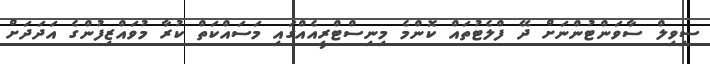
ސިވިލް ސާވަންޓުންނަށް ދޭ ފްލެޓުތައް ކޮންމެ މިނިސްޓްރީއެއްގައި މަަސައްކަތް ކުރާ މުވައްޒިފުންގެ އަދަދަށް